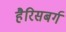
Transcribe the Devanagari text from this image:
हैरिसबर्ग